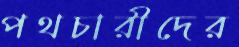
পথচারীদের